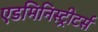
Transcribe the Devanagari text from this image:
एडमिनिस्ट्रीटर्स